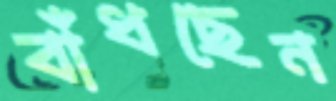
বাঁধছেন